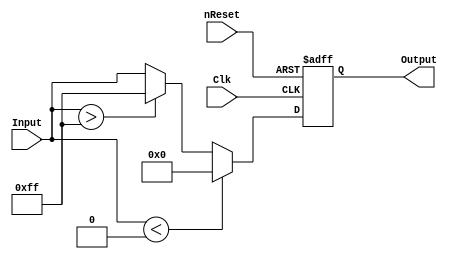
//==============================================================================
// Copyright (C) John-Philip Taylor
// jpt13653903@gmail.com
//
// This file is part of a library
//
// This file is free software: you can redistribute it and/or modify
// it under the terms of the GNU General Public License as published by
// the Free Software Foundation, either version 3 of the License, or
// (at your option) any later version.
// 
// This program is distributed in the hope that it will be useful,
// but WITHOUT ANY WARRANTY; without even the implied warranty of
// MERCHANTABILITY or FITNESS FOR A PARTICULAR PURPOSE.  See the
// GNU General Public License for more details.
// 
// You should have received a copy of the GNU General Public License
// along with this program.  If not, see <http://www.gnu.org/licenses/>
//==============================================================================

module uLimit #(
  parameter N     =     8,
  parameter Lower = 8'h00,
  parameter Upper = 8'hFF)(

  input nReset,
  input Clk,
  
  input      [N-1:0]Input,   // Unsigned
  output reg [N-1:0]Output); // Unsigned
//------------------------------------------------------------------------------

  always @(negedge nReset, posedge Clk) begin
    if(!nReset) begin
      Output = 0;
//------------------------------------------------------------------------------

    end else begin
      if(Input < Lower) Output <= Lower; else
      if(Input > Upper) Output <= Upper; else
                        Output <= Input;
    end
  end
endmodule
//------------------------------------------------------------------------------